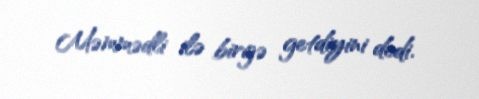
Məmmədli ilə birgə getdiyini dedi.